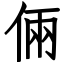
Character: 倆